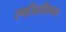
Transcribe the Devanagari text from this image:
रणजितसिंगला